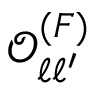
\mathcal { O } _ { \ell \ell ^ { \prime } } ^ { ( F ) }